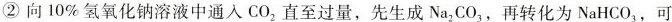
②向10\%氢氧化钠溶液中通入 CO_{2}直至过量，先生成 Na_{2}CO_{3}，再转化为NaHCO_{3}，可